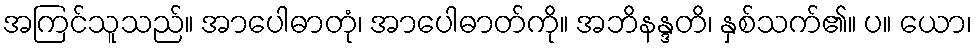
အကြင်သူသည်။ အာပေါဓာတုံ၊ အာပေါဓာတ်ကို။ အဘိနန္ဒတိ၊ နှစ်သက်၏။ ပ။ ယော၊